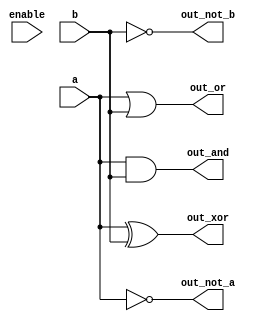
module AdjacencyGroup #(
    parameter WIDTH = 8 // Parameter for input/output width
)(
    input  wire [WIDTH-1:0]  a,        // Input vector a
    input  wire [WIDTH-1:0]  b,        // Input vector b
    input  wire              enable,    // Enable signal for testing
    output wire [WIDTH-1:0]  out_and,   // Output for AND operation
    output wire [WIDTH-1:0]  out_or,    // Output for OR operation
    output wire [WIDTH-1:0]  out_xor,   // Output for XOR operation
    output wire [WIDTH-1:0]  out_not_a, // Output for NOT operation on a
    output wire [WIDTH-1:0]  out_not_b  // Output for NOT operation on b
);

// Combinational Logic Operations
assign out_and = a & b;      // AND operation
assign out_or  = a | b;      // OR operation
assign out_xor = a ^ b;      // XOR operation
assign out_not_a = ~a;       // NOT operation on a
assign out_not_b = ~b;       // NOT operation on b

// Test Mode Control
always @* begin
    if (enable) begin
        // Test mode logic can be implemented here
        // For example, you can drive outputs to specific test values
    end
end

endmodule